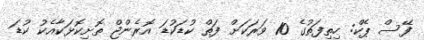
ފޭސް ޕެކް: ހިތިފަތުގެ 10 ވަރަކަށް ފަތް ކުޑަކުޑަ އޮރެންޖް ތޮށިކޮޅަކާއެކު ކުޑަ